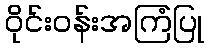
ဝိုင်းဝန်းအကြံပြု